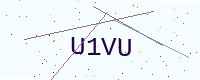
Text: U1VU